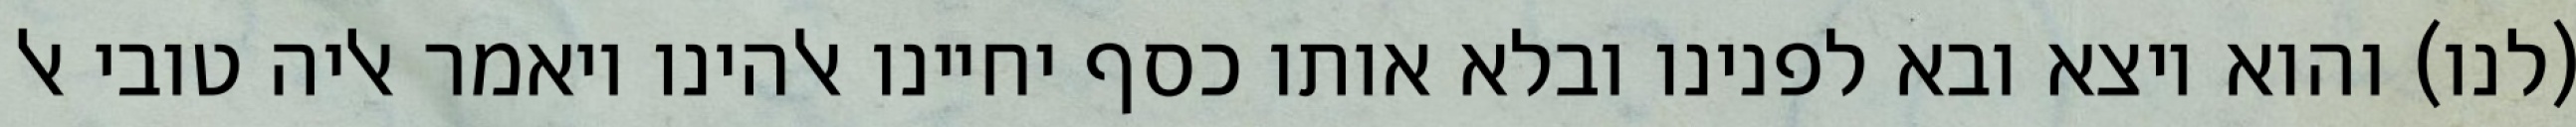
(לנו) והוא יוצא ובא לפנינו ובלא אותו כסף יחיינו אלהינו ויאמר אליה טובי אל